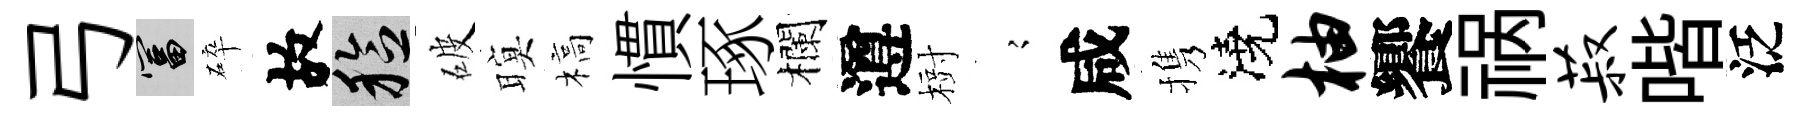
弓富碎故稔破暝槁慣琢欄遵𣗳𡪹咸携澆柚饗祸菽喈泛